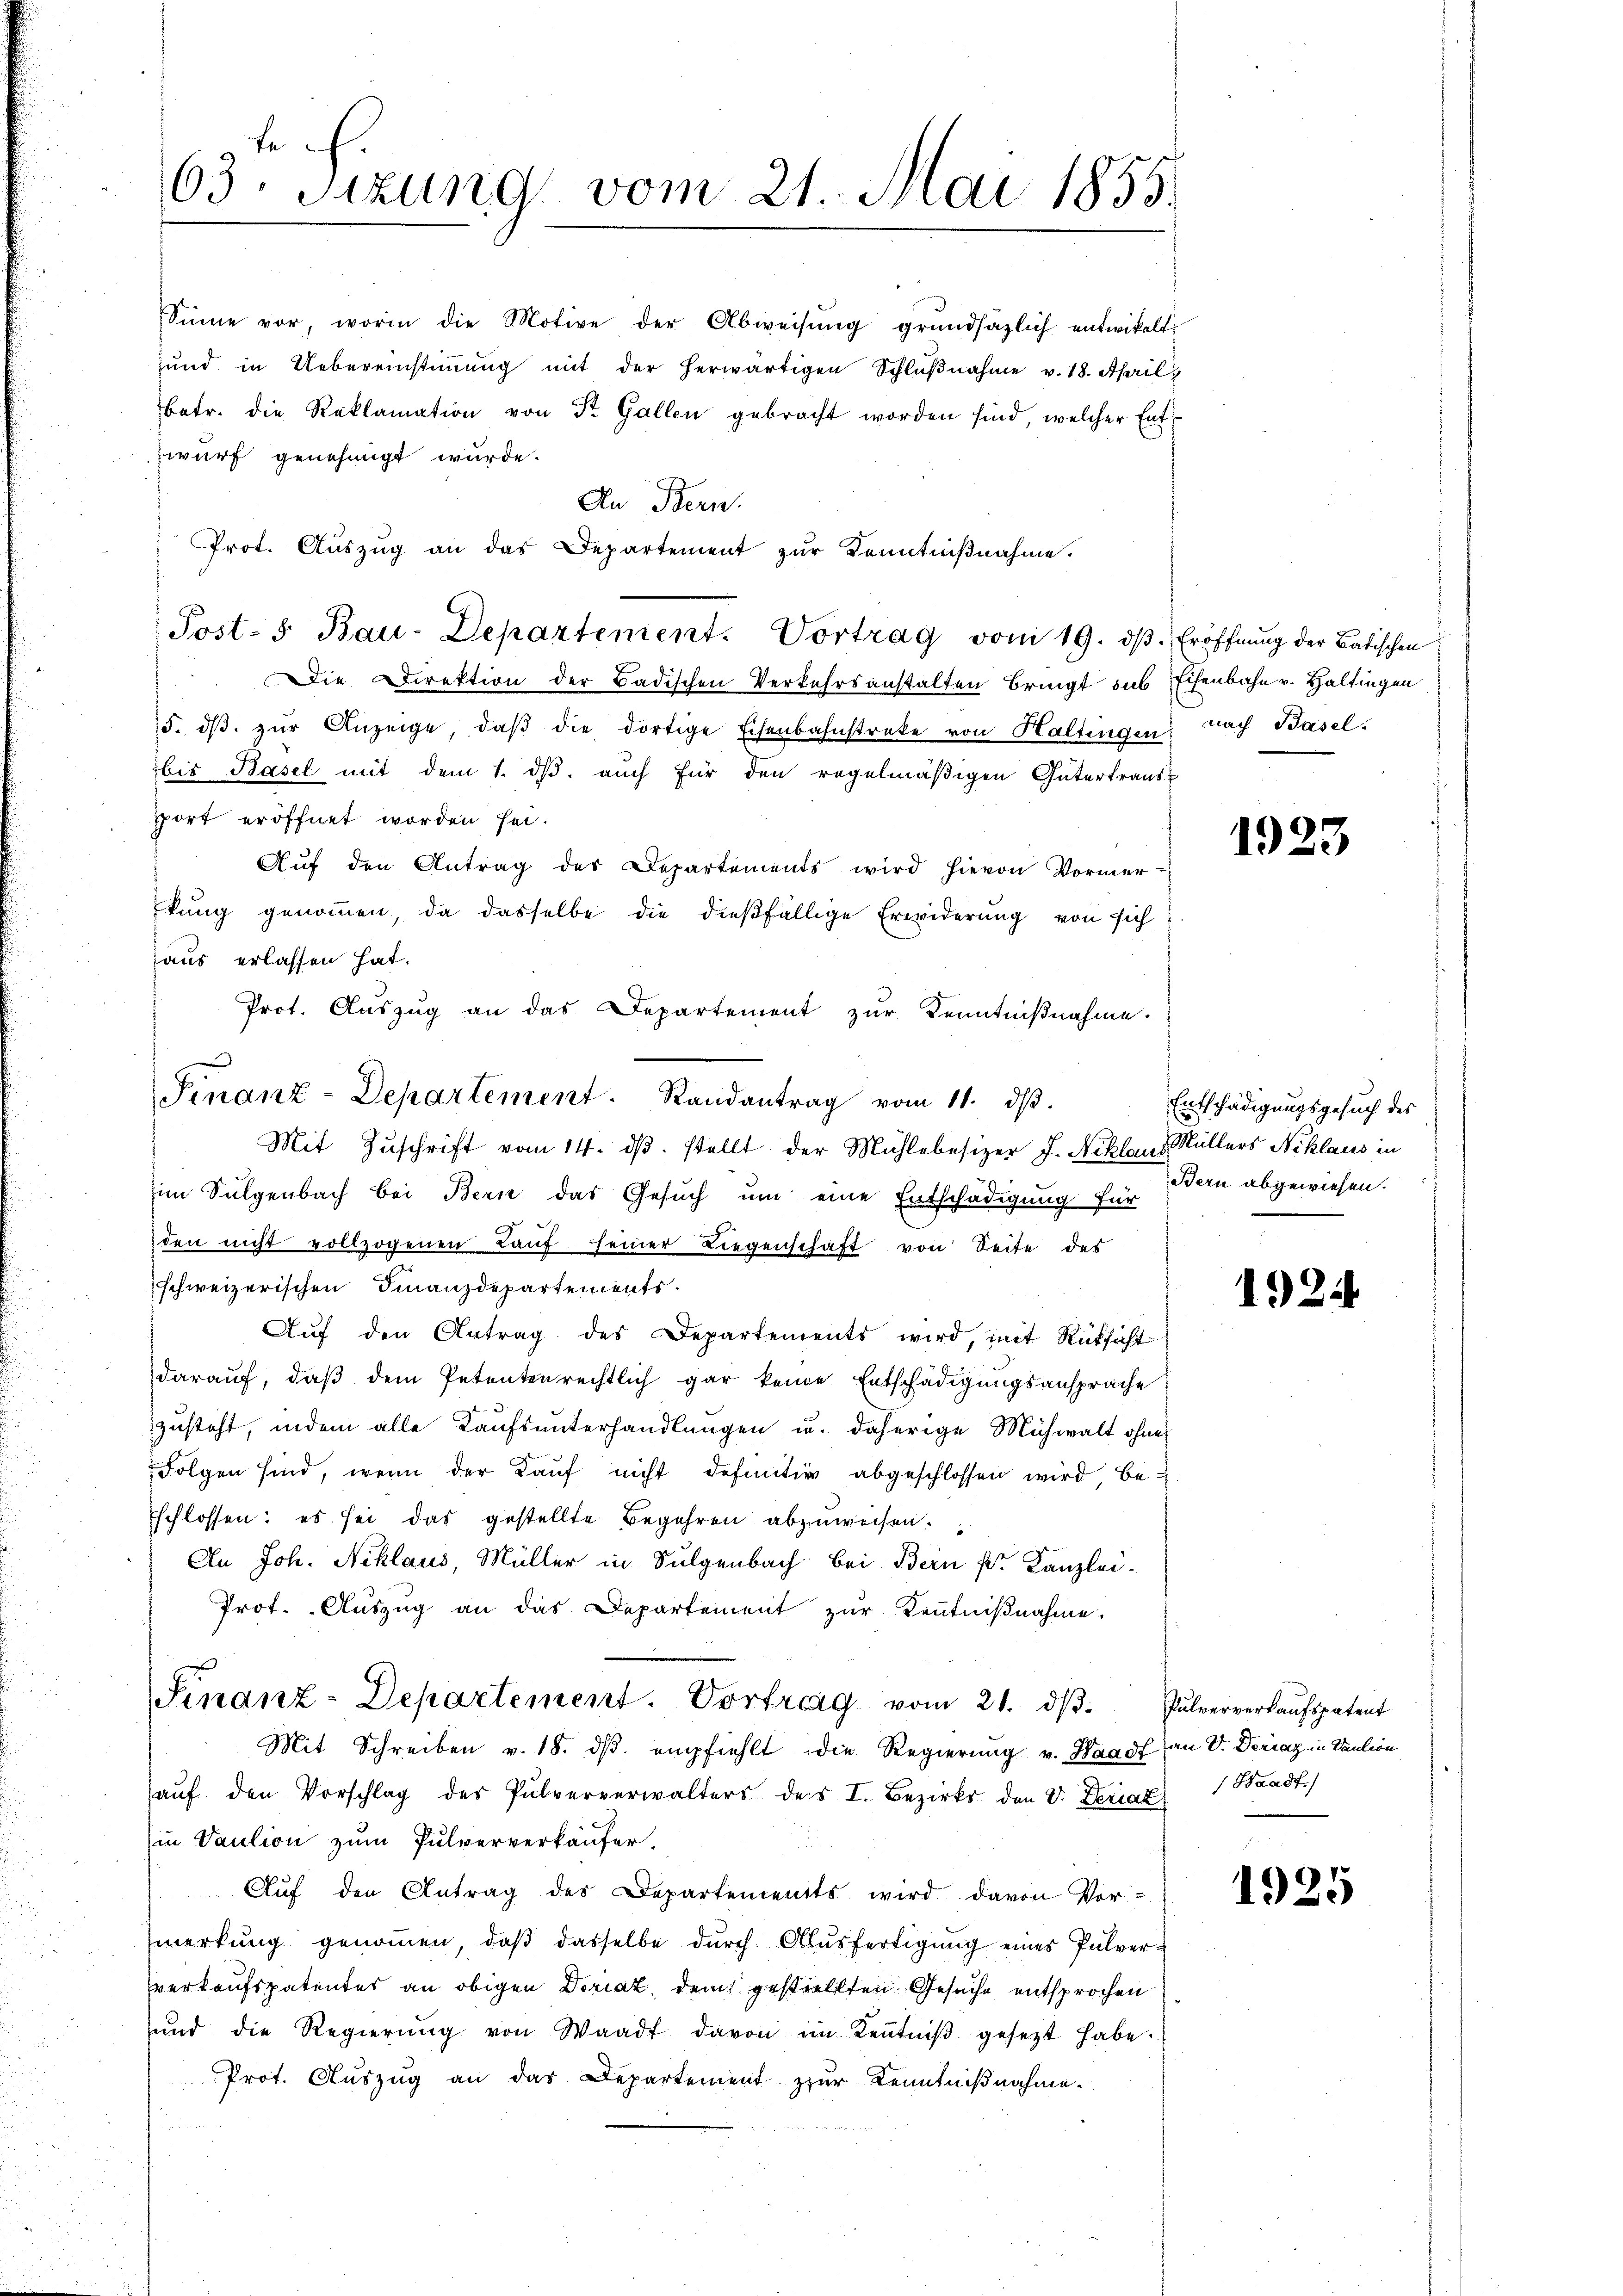
63. Sizung vom 21. Mai 1855.

Sinne vor, worin die Motive der Abweisŭng grundsätzlich entwickelt:
und in Uebereinstiṁŭng mit der herwärtigen Schlŭβnahme v. 18. April
betr. die Reklamation von Dr. Gallen gebracht worden sind, welcher Entzwurf genehmigt wurde.
An Bern.
Prot. Auszug an das Departement zur Kenntnißnahme.
Post-5 Bau-Departement. Vortrag vom 19. dβ. Eröffnŭng der Batischen
Die Direktion der Badischen Verkehrsanstalten bringt das Eisenbahn v. Haltingen
s
5. dβ zŭr Anzeige, daβ die dortige Eisenbahnstreke von Haltingen Nach Basel-
bis Basel mit dem 1. dβ aŭch für den regelmäβigen Gütertraus-
pport eröffnet worden sei.
Aŭf den Antrag des Departements wird hievon Vormer
kung genommen, da dasselbe die dießfällige Erwiderung von sich
aus erlassen hat.
Prot. Auszug an das Departement zur Kenntnißnahme.
Mit Zuschrift vom 14. dβ. stellt der Mühlebesizer J. Niklaus Müllers Niklaus in
im Sulgenbach bei Bern das Gesŭch ŭm eine Entschädigung für
den nicht vollzogenen Lauf seiner Liegenschaft von Seite des
schweizerischen Finanzdepartements.
Aŭf den Antrag des Departements wird, mit Rücksicht
darauf, daβ dem Petentenrechtlich gar keine Entschädigŭngsansprache
zusteht, indem alle Kaufsunterhandlungen u. daherige Mühwalt ohne
Folgen sind, wenn der Kauf nicht definitiv abgeschlossen wird, besschlossen: es sei das gestellte Begehren abzuweisen.
An Joh. Niklaus, Müller in Sulgenbach bei Bern pr. Kanzlei-
Prot. Auszug an das Departement zur Kenntnißnahme.
Finanz-Departement. Vortrag vom 21. dβ. Pulververkaŭfspatent
Mit Schreiben v. 18. dβ. empfiehlt die Regierung v. Waadt an V. Deriaz in Paulion
haŭf den Vorschlag des Pulververwalters des I. Bezirks den V. Deriat Waadt)
in Vaution zum Pulververkäufer.
Auf den Antrag des Departements wird davon Vor-
merkung genoṁen, daβ dasselbe dŭrch Alŭsfertigŭng eines Pulver-
verkaufspatentes an obigen Deriat, dem gestellten Gesuche entsprochen
ŭnd die Regierŭng von Waadt davon im Keṅtniβ gesetzt habe.
Prot. Auszug an das Departement zur Kenntnißnahme.
u

Finanz-Departement. Randantrag vom 11. dβ.

1923

Entschädigungsgesuch des
Bern abgewiesen.

1924

1925